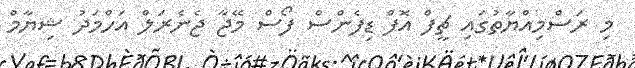
މި ރަސްމިއްޔާތުގައި ޗީފް އޮފް ޑިފެންސް ފޯސް މޭޖާ ޖެނެރަލް އަހްމަދު ޝިޔާމް